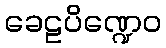
ခေဠပိဏ္ဍေဝ